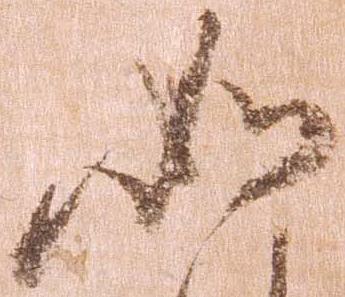
如